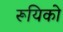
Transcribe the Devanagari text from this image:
रूयिको